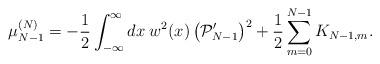
LaTeX: \begin{align*}\mu_{N-1}^{(N)}=-{1\over 2}\int_{-\infty}^{\infty}dx\;w^2(x)\left({\cal P}_{N-1}^{\prime}\right)^2+{1\over 2}\sum_{m=0}^{N-1} K_{N-1,m}.\end{align*}